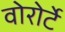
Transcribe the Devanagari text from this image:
वोरोर्टे